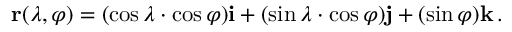
\mathbf { r } ( \lambda , \varphi ) = ( \cos { \lambda } \cdot \cos { \varphi } ) \mathbf { i } + ( \sin { \lambda } \cdot \cos { \varphi } ) \mathbf { j } + ( \sin { \varphi } ) \mathbf { k } \, .